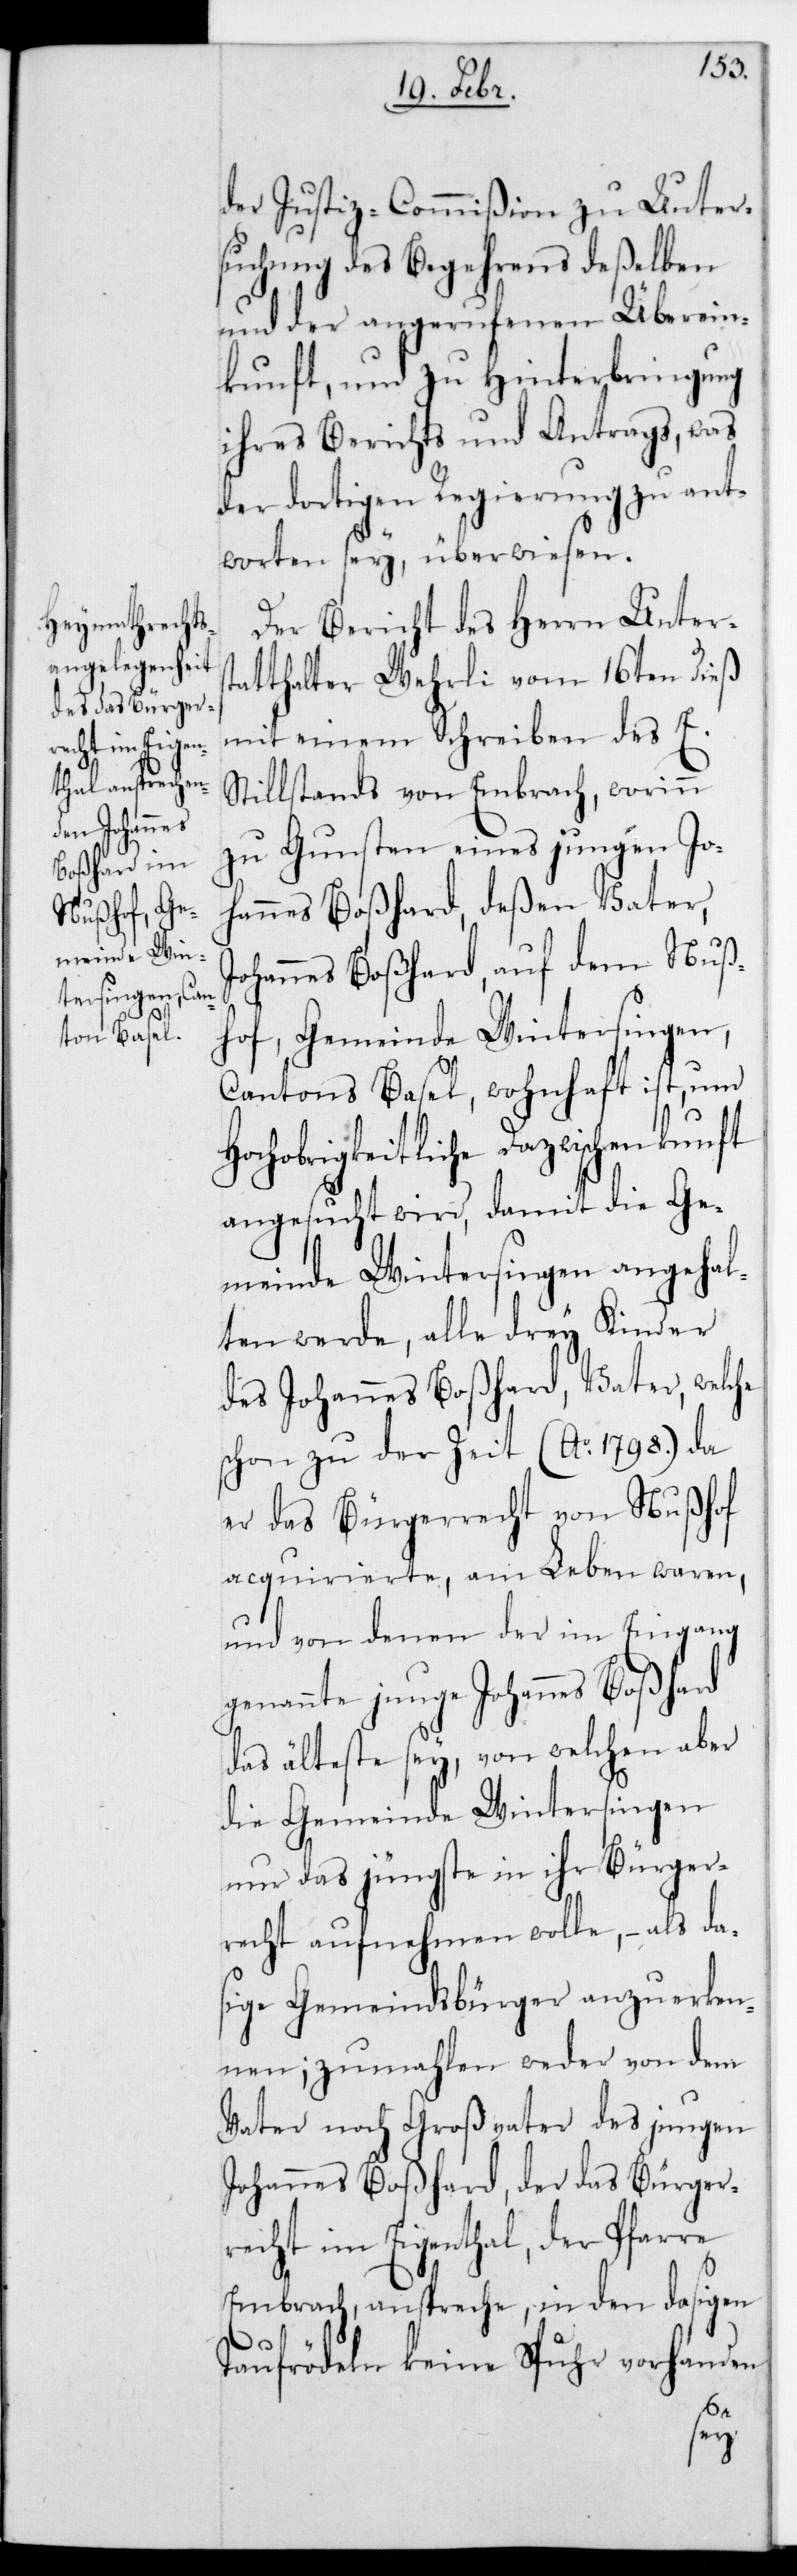
der Justiz-Commißion zu Unter¬
suchung des Begehrens deßelben
und der angerufenen Überein¬
kunft, und zu Hinterbringung
ihres Berichts und Antrags, was
der dortigen Regierung zu ant¬
worten sey, überwiesen.
Der Bericht des Herrn Unters¬
tatthalter Wehrli vom 16ten dieß
mit einem Schreiben des E.
Stillstands von Embrach, worinn
zu Gunsten eines jungen Jo¬
hannes Boßhard, deßen Vater,
Johannes Boßhard, auf dem Nuß¬
hof, Gemeinde Wintersingen,
Cantons Basel, wohnhaft ist, um H¬
ochobrigkeitliche Dazwischenkunft
angesucht wird, damit die Ge¬
meinde Wintersingen angehal¬
ten werde, alle drey Kinder
des Johannes Boßhard, Vater, welche
schon zu der Zeit (Ao. 1798.) da
er das Bürgerrecht von Nußhof
acquirierte, am Leben waren,
und von denen der im Eingang
genannte junge Johannes Boßhard
das älteste sey, von welchen aber
die Gemeinde Wintersingen
nur das jüngste in ihr Bürger¬
recht aufnehmen wolle, – als da¬
sige Gemeindsbürger anzuerken¬
nen; zumahlen weder von dem
Vater noch Großvater des jungen
Johannes Boßhard, der das Bürger¬
recht im Eigenthal, der Pfarre
Embrach, anspreche, in den dasigen
Taufrödeln keine Spuhr vorhanden